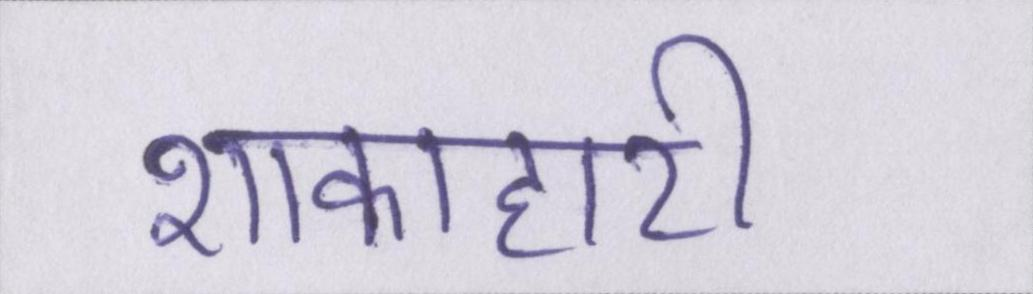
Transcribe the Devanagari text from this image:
शाकाहारी